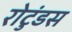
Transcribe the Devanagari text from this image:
रोटुंडस